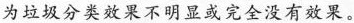
为垃圾分类效果不明显或完全没效果